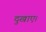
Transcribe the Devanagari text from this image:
दुखाए।